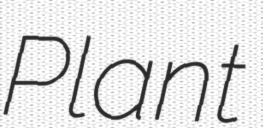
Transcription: Plant